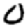
Digit: 0